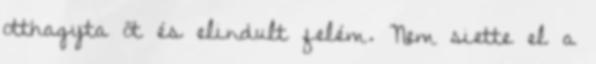
otthagyta őt és elindult felém. Nem siette el a